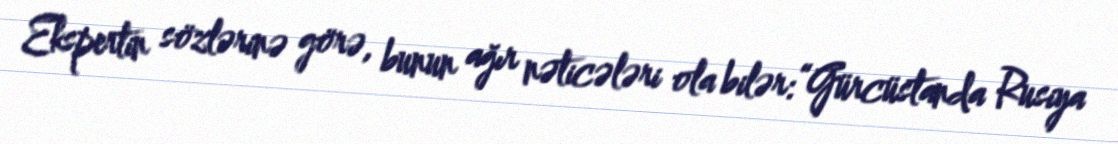
Ekspertin sözlərinə görə, bunun ağır nəticələri ola bilər:“Gürcüstanda Rusiya